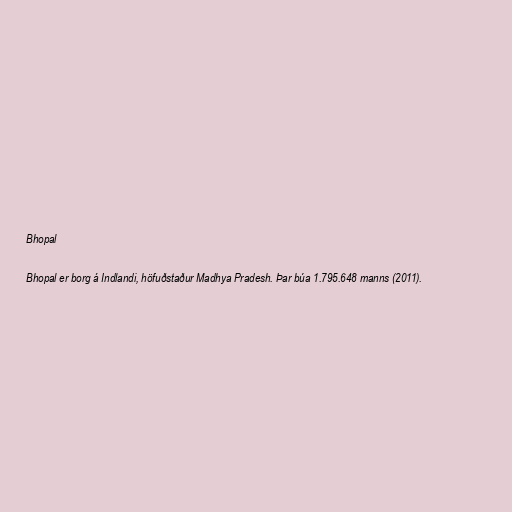
Bhopal

Bhopal er borg á Indlandi, höfuðstaður Madhya Pradesh. Þar búa 1.795.648 manns (2011).